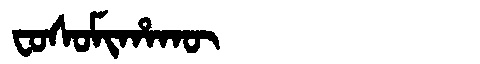
Manchu: ᠸᠣᠰᠣᠮᡳᡥᠠᡴᡡ
Romanization: FOSOMIHAKŪ